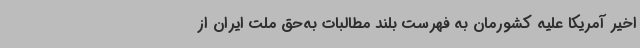
اخیر آمریکا علیه کشورمان به فهرست بلند مطالبات به‌حق ملت ایران از